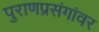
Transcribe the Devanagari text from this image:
पुराणप्रसंगांवर